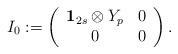
LaTeX: \begin{align*}I_0:=\left(\begin{array}{cc}{\bf 1}_{2s}\otimes Y_p & 0\\0 & 0\end{array}\right).\end{align*}